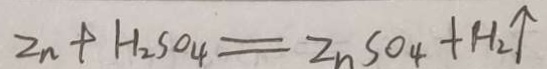
Z n + H _ { 2 } S O _ { 4 } = Z n S O _ { 4 } + H _ { 2 } \uparrow